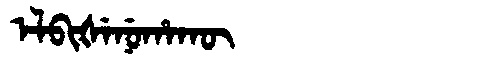
Manchu: ᡝᠯᠪᡳᡧᡝᠨᡠᡥᠠᡴᡡ
Romanization: ELBIŠENUHAKŪ